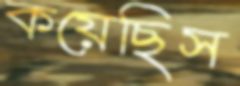
কয়েছিস